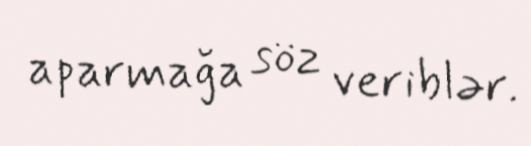
aparmağa söz veriblər.